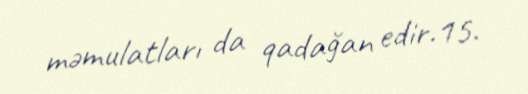
məmulatları da qadağan edir.15.